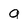
Character: a